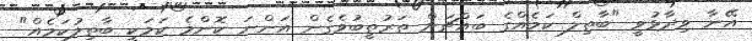
އޭނާ ވިދާޅުވީ "ބާތިލް ކަމެއްގެ ބައްޗަށް ތަރުތީބުވެގެން އަންނަ ކޮންމެ ކަމަކީ ބާތިލުކަމެއް"